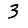
Digit: 3